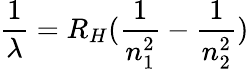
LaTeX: \frac{1}{\lambda}=R_{H}(\frac{1}{n_{1}^{2}}-\frac{1}{n_{2}^{2}})